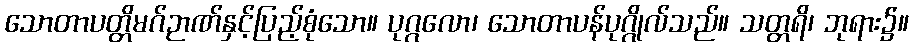
သောတာပတ္တိမဂ်ဉာဏ်နှင့်ပြည့်စုံသော။ ပုဂ္ဂလော၊ သောတာပန်ပုဂ္ဂိုလ်သည်။ သတ္တရိ၊ ဘုရား၌။